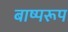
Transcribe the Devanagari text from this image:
बाष्परूप